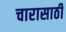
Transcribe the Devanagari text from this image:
चारासाठी